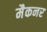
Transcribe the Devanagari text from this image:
मैकनर